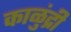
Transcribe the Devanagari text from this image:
काळुंद्री